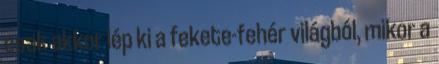
csak akkor lép ki a fekete-fehér világból, mikor a